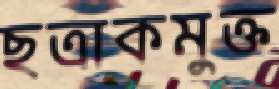
ছত্রাকমুক্ত